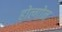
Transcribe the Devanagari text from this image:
होल्गोन